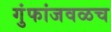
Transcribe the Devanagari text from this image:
गुंफांजवळच